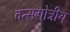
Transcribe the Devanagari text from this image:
वत्सगोत्रीय